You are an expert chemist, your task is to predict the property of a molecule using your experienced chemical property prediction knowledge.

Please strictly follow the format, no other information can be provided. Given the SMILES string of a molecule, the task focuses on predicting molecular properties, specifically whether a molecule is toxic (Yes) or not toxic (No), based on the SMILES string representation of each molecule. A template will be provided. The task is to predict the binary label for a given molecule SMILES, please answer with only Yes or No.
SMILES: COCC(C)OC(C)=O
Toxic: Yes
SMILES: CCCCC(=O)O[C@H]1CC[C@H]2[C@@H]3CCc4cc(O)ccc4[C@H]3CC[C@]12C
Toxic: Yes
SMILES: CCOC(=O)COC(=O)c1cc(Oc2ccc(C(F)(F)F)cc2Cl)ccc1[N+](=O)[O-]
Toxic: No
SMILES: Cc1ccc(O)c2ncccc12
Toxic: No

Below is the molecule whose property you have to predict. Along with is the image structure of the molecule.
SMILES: COS(=O)(=O)OC
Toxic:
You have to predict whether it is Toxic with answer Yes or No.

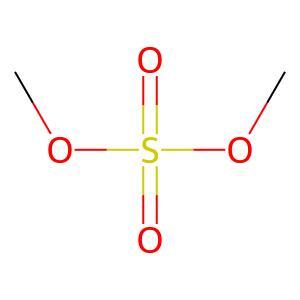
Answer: No